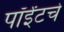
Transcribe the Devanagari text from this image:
पॉईंटचे